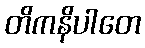
တိကနိပါတေ